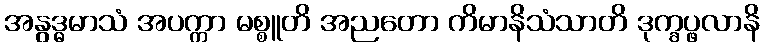
အနွဒ္ဓမာသံ အပက္ကာ မစ္စူတိ အညတော ကိမာနိသံသာတိ ဒုက္ခပ္ဖလာနိ